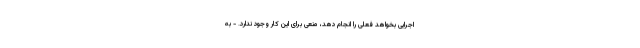
اجرایی بخواهد فعلی را انجام دهد، منعی برای این کار وجود ندارد. - به